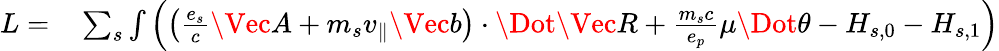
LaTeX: \begin{array}{rl}{L=}&{{}\sum_{s}\int\left(\left(\frac{e_{s}}{c}\Vec{A}+m_{s}v_{\parallel}\Vec{b}\right)\cdot\Dot{\Vec{R}}+\frac{m_{s}c}{e_{p}}\mu\Dot{\theta}-H_{s,0}-H_{s,1}\right)}\end{array}